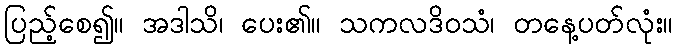
ပြည့်စေ၍။ အဒါသိ၊ ပေး၏။ သကလဒိဝသံ၊ တနေ့ပတ်လုံး။